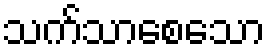
သက်သာစေသော